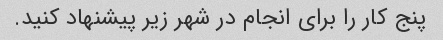
پنج کار را برای انجام در شهر زیر پیشنهاد کنید.